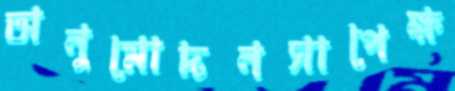
অনুমোদনসাপেক্ষ